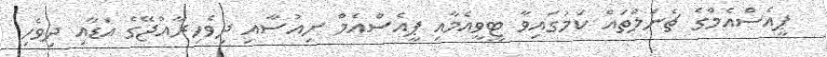
ޕީއެސްއެމްގެ ޗެނަލްތައް ކަމުގައިވާ ޓީވީއެމާއި ޕީއެސްއެމް ނިއުސާއި ދިވެހިރާއްޖޭގެ އަޑާއި ދިވެހި